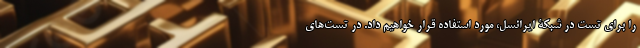
را برای تست در شبکۀ ایرانسل، مورد استفاده قرار خواهیم داد. در تست‌های